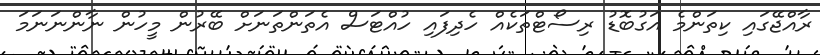
ރާއްޖޭގައި ކިތަންމެ އަގުބޮޑު ރިސޯޓްތަކެއް ހެދިފައި ހުއްޓަސް އެތަންތަނަށް ބޭރުން މީހުން ނާންނަނަމަ